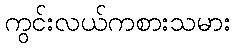
ကွင်းလယ်ကစားသမား